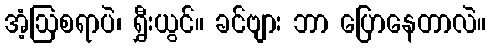
အံ့ဩစရာပဲ၊ ရွှီးယွင်။ ခင်ဗျား ဘာ ပြောနေတာလဲ။